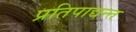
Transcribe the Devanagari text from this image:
प्रतिपाद्यन्त्त